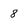
Character: 8